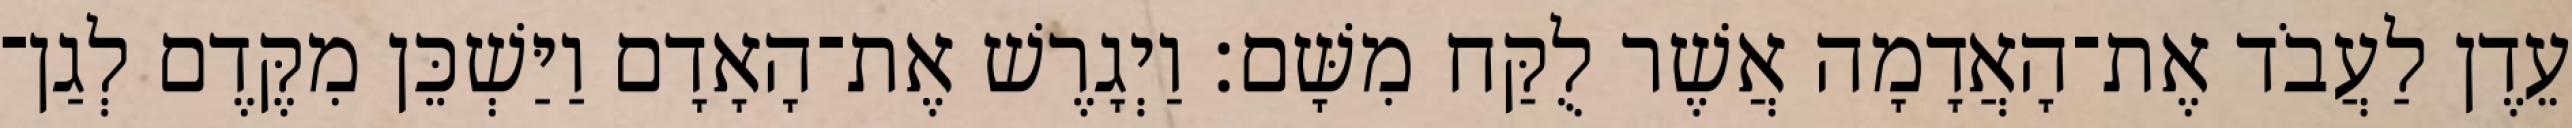
עֵדֶן לַעֲבֹד אֶת־הָאֲדָמָה אֲשֶׁר לֻקַּח מִשָּׁם׃ וַיְגָרֶשׁ אֶת־הָאָדָם וַיַּשְׁכֵּן מִקֶּדֶם לְגַן־